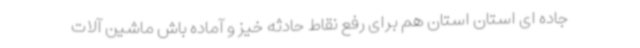
جاده ای استان استان هم برای رفع نقاط حادثه خیز و آماده باش ماشین آلات